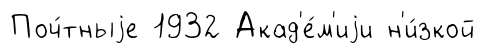
Поч́тныjе 1932 Акад'е́м'иjи н'и́зкой